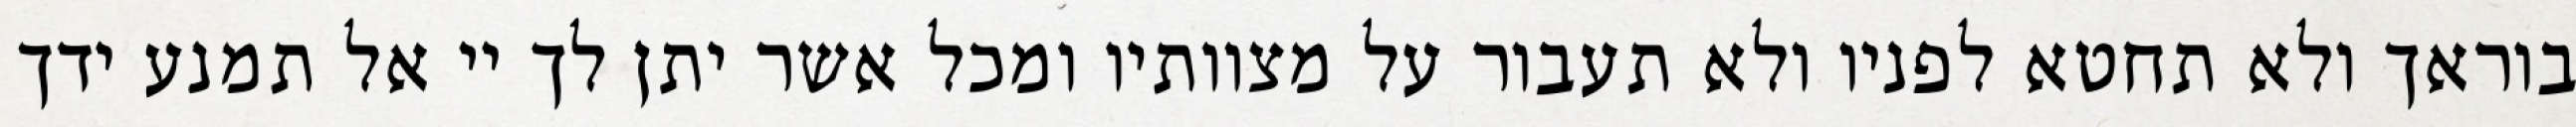
בוראך ולא תחטא לפניו ולא תעבור על מצוותיו ומכל אשר יתן לך יי אל תמנע ידך